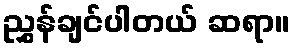
ညွှန်ချင်ပါတယ် ဆရာ။